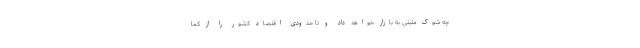
چه شوک مثبتی به بازار خواهد داد و تا حدودی اقتصاد کشور را از کُما